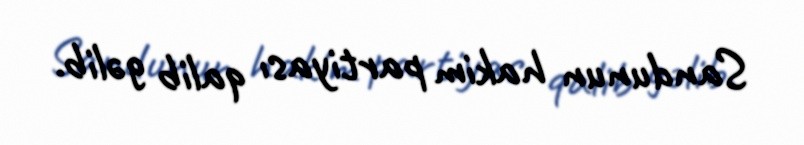
Sandunun hakim partiyası qalib gəlib.